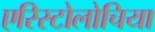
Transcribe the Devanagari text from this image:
एरिस्टोलोचिया